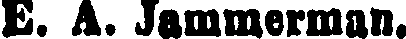
E. A. Jammerman.